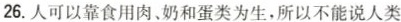
26.人可以靠食用肉、奶和蛋类为生，所以不能说人类